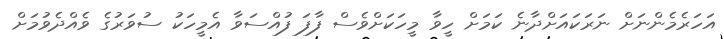
އަހަރެމެންނަށް ނަރަކައަށްދާނެ ކަމަށް ހީވާ މީހަކަށްވެސް ފާފަ ފުއްސަވާ އެމީހަކު ސުވަރުގެ ވެއްދެވުމަށް